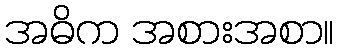
အဓိက အစားအစာ။